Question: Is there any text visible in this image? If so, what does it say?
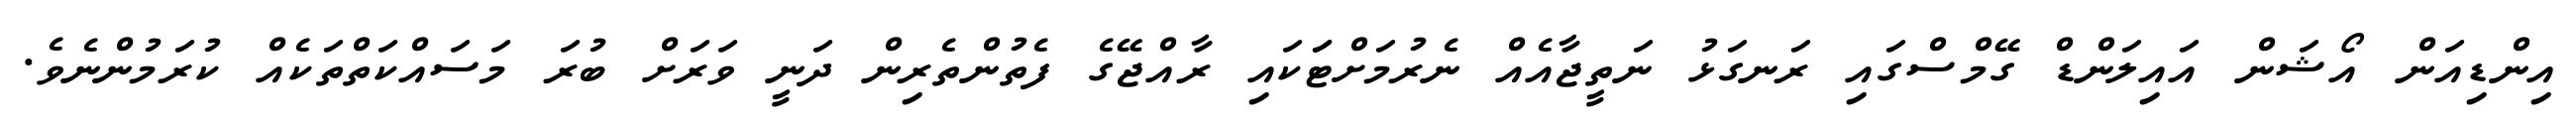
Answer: އިންޑިއަން އޯޝަން އައިލަންޑް ގޭމްސްގައި ރަނގަޅު ނަތީޖާއެއް ނެރުމަށްޓަަކައި ރާއްޖޭގެ ފެތުންތެރިން ދަނީ ވަރަށް ބުރަ މަސައްކަތްތަކެއް ކުރަމުންނެވެ.